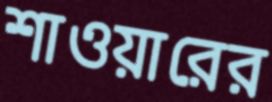
শাওয়ারের